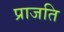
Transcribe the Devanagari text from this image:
प्राजति